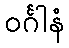
ဝင်္ဂါနံ